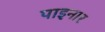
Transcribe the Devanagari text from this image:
पाइनार